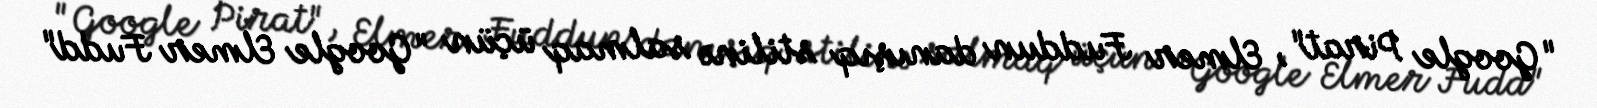
"Google Pirat", Elmer Fuddun danışıq stilinə salmaq üçün "Google Elmer Fudd"